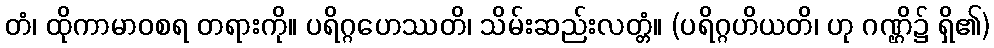
တံ၊ ထိုကာမာဝစရ တရားကို။ ပရိဂ္ဂဟေဿတိ၊ သိမ်းဆည်းလတ္တံ။ (ပရိဂ္ဂဟိယတိ၊ ဟု ဂဏ္ဌိ၌ ရှိ၏)